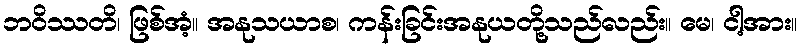
ဘဝိဿတိ၊ ဖြစ်အံ့။ အနုသယာစ၊ ကန်းခြင်းအနုယတို့သည်လည်း။ မေ၊ ငါ့အား။